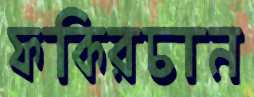
ফকিরচান